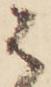
は